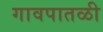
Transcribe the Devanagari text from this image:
गावपातळी